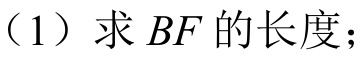
（1）求\(BF\)的长度；